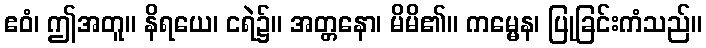
ဧဝံ၊ ဤအတူ။ နိရယေ၊ ငရဲ၌။ အတ္တနော၊ မိမိ၏။ ကမ္မေန၊ ပြုခြင်းကံသည်။